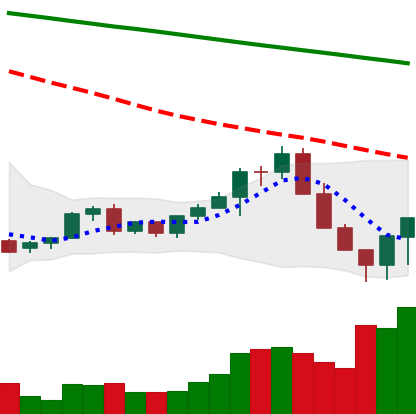
Ticker: LINK-USD
Chart end date: 2022-06-15
Forward return: -4.392%
Label: down_3_5